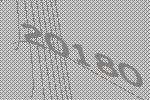
20180